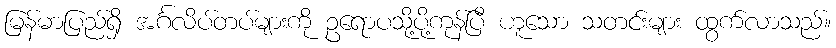
မြန်မာပြည်ရှိ အင်္ဂလိပ်တပ်များကို ဥရောပသို့ပို့ကုန်ပြီ ဟူသော သတင်းများ ထွက်လာသည်။